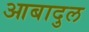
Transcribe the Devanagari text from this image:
आबादुल